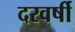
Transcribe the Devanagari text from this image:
दरवर्षी